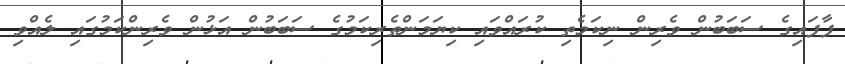
ފާފައިގެ ސަބަބުން ވެރިން ނިކަމެތި ކުރައްވައި ކިޔަމަންތެރިކަމުގެ ސަބަބުން އަޅުން ވެރިންކަމުގައި ލެއްވި